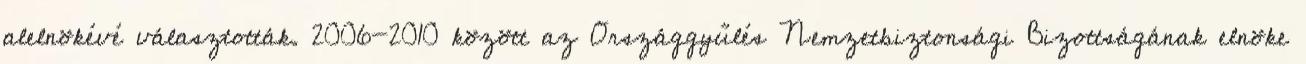
alelnökévé választották. 2006-2010 között az Országgyűlés Nemzetbiztonsági Bizottságának elnöke